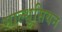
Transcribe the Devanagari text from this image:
माल्थुसियन